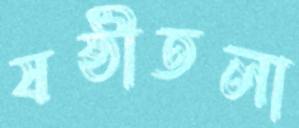
ষষ্ঠীতলা